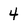
Character: 4